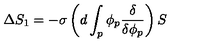
\Delta S _ { 1 } = - \sigma \left( d \int _ { p } \phi _ { p } \frac { \delta } { \delta \phi _ { p } } \right) S